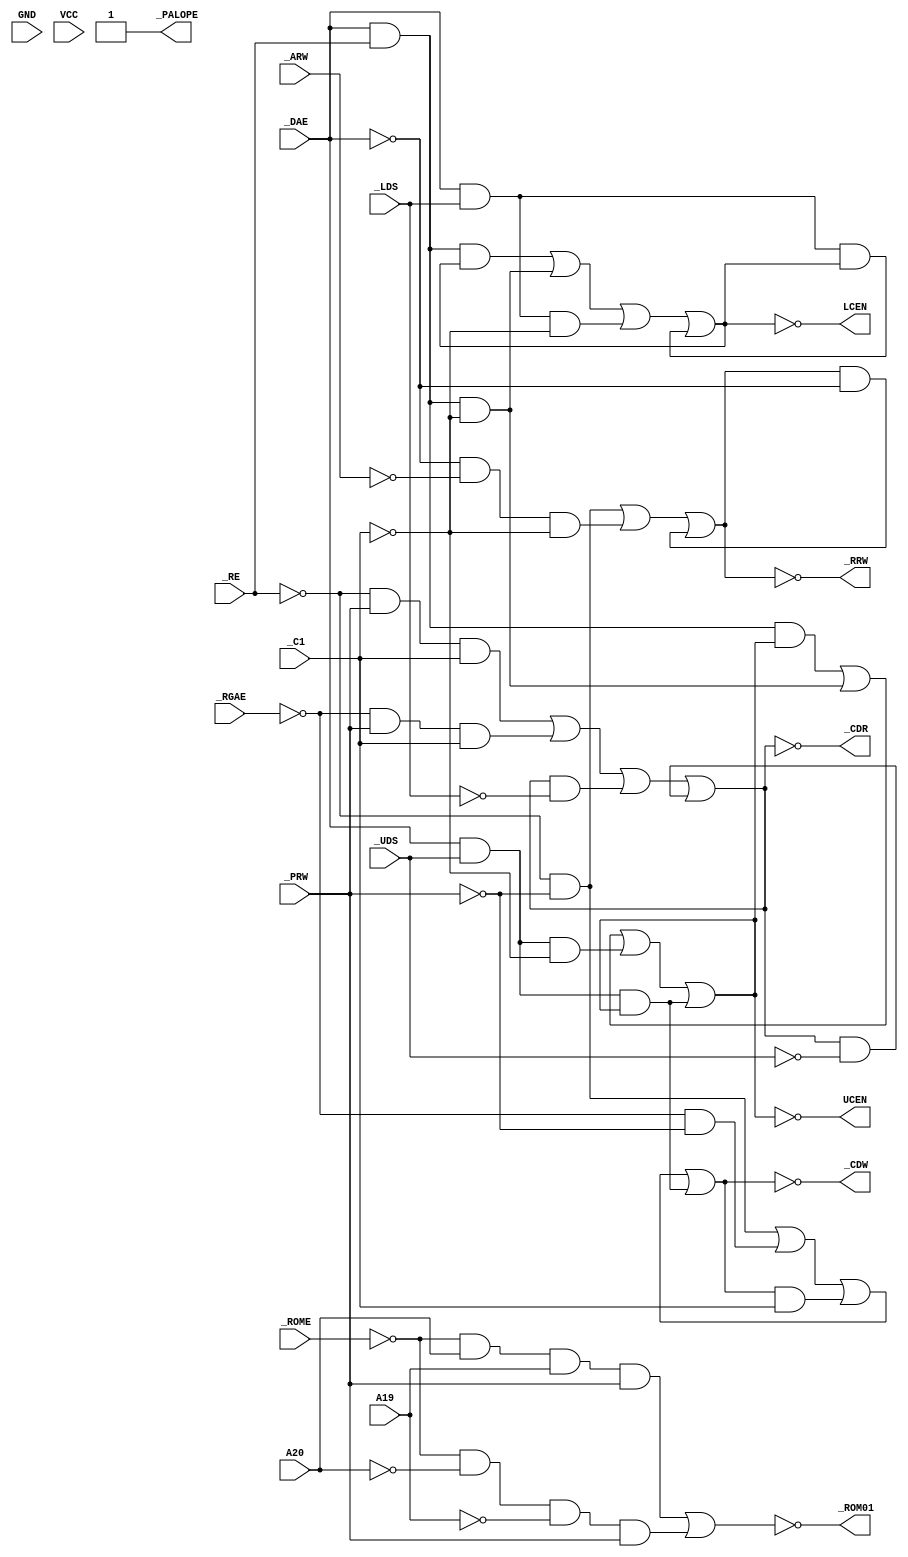
/*
 * Copyright (C) 2010, Jason S. McMullan. All rights reserved.
 *
 * This program is free software; you can redistribute it and/or
 * modify it under the terms of the GNU General Public License
 * as published by the Free Software Foundation; either version 2
 * of the License, or (at your option) any later version.
 *
 * This program is distributed in the hope that it will be useful,
 * but WITHOUT ANY WARRANTY; without even the implied warranty of
 * MERCHANTABILITY or FITNESS FOR A PARTICULAR PURPOSE.  See the
 * GNU General Public License for more details.
 *
 * You should have received a copy of the GNU General Public License
 * along with this program; if not, write to the Free Software
 * Foundation, Inc., 51 Franklin Street, Fifth Floor,
 * Boston, MA 02110-1301, USA.
 *
 */

module Amiga_PALCAS (
	input GND,
	input VCC,

	input _ARW,
	input A20,
	input A19,
	input _PRW,
	input _UDS,
	input _LDS,
	input _ROME,
	input _RE,
	input _RGAE,
	input _DAE,
	output _ROM01,
	input _C1,
	output _RRW,
	output LCEN,
	output UCEN,
	output _CDR,
	output _CDW,
	output _PALOPE
);

assign _PALOPE = 1'b1;

wire ROME;
reg  ROM01;
reg  CDR;
reg  CDW;
wire RE;
wire RGAE;
wire UDS;
wire LDS;
wire C1;
reg  RRW;
wire PRW;
wire ARW;
wire DAE;
wire _A20;
wire _A19;
reg  _UCEN;
reg  _LCEN;

assign RE = !_RE;
assign ROME = !_ROME;
assign RGAE = !_RGAE;
assign UDS = !_UDS;
assign LDS = !_LDS;
assign C1 = !_C1;
assign PRW = !_PRW;
assign ARW = !_ARW;
assign DAE = !_DAE;
assign _A20 = !A20;
assign _A19 = !A19;
assign _ROM01 = !ROM01;
assign _CDR = !CDR;
assign _CDW = !CDW;
assign _RRW = !RRW;
assign UCEN = !_UCEN;
assign LCEN = !_LCEN;

// ROM01 = ROME*A20*A19*/PRW+ROME*/A20*/A19*/PRW
initial ROM01 = 1'b0;
always @(*)	// ROME | 0x180000 - 0x1fffff, ROME | 0x000000 - 0x07ffff
	ROM01  <= (ROME && A20 && A19 && _PRW) ||
	       (ROME && _A20 && _A19 && _PRW);

// CDR   = RE*/PWR*/C1+RGAE*/PRW*/C1+CDR*LDS+CDR*UDS
initial CDR = 1'b0;
always @(*)
	CDR  <= (RE && _PRW && _C1) ||
	     (RGAE && _PRW && _C1) ||
	     (CDR && LDS) ||
	     (CDR && UDS);

// CDW   = RE*PRW+RGAE*PRW+CDW*/C1+/DAE*/UDS*/UCEN
initial CDW = 1'b0;
always @(*)
	CDW  <= (RE && PRW) ||
             (RGAE && PRW) ||
             (CDW && _C1) ||
             (_DAE && _UDS && _UCEN);

// /UCEN = /DAE*/RE*/UCEN+/DAE*/RE*C1+/DAE*/UDS*C1+/DAE*/UDS*/UCEN
initial _UCEN = 1'b1;
always @(*)
	_UCEN  <= (_DAE && _RE && _UCEN) ||
	       (_DAE && _RE && C1) ||
	       (_DAE && _UDS && C1) ||
	       (_DAE && _UDS && _UCEN);
// /LCEN = /DAE*/RE*/LCEN+/DAE*/RE*C1+/DAE*/LDS*C1+/DAE*/LDS*/LCEN
initial _LCEN = 1'b1;
always @(*)
	_LCEN  <= (_DAE && _RE && _LCEN) ||
	       (_DAE && _RE && C1) ||
	       (_DAE && _LDS && C1) ||
	       (_DAE && _LDS && _LCEN);

// RRW   = RE*PRW+DAE*ARW*C1+RRW*DAE
initial RRW = 1'b0;
always @(*)
	RRW  <= (RE && PRW) ||
	     (DAE && ARW && C1) ||
	     (RRW && DAE);

endmodule